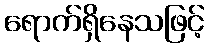
ရောက်ရှိနေသဖြင့်